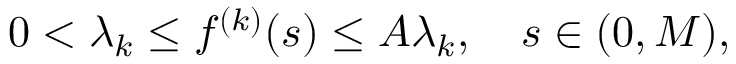
0 < \lambda _ { k } \leq f ^ { ( k ) } ( s ) \leq A \lambda _ { k } , \quad s \in ( 0 , M ) ,